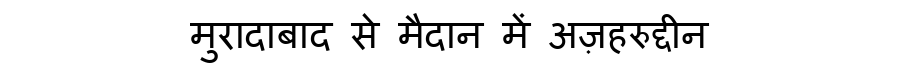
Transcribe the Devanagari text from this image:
मुरादाबाद से मैदान में अज़हरुद्दीन